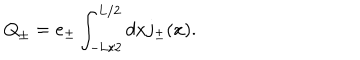
\mathrm { Q } _ { \pm } = e _ { \pm } \int _ { - \mathrm { L } / 2 } ^ { \mathrm { L } / 2 } d x j _ { \pm } ( x ) .